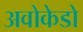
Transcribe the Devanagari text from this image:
अवोकेडो